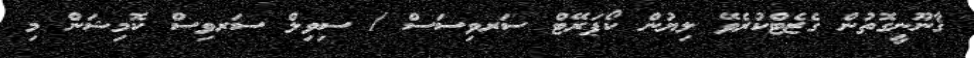
ޤާނޫނީގޮތުން ގެޒެޓްކުރެވޭ ލިޔުން ކޯޕަރޭޓް ސަރވިސަސް / ސިވިލް ސަރވިސް ކޮމިޝަން މި